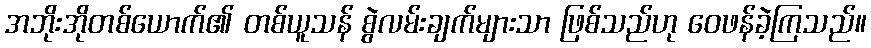
အဘိုးအိုတစ်ယောက်၏ တစ်ယူသန် စွဲလမ်းချက်များသာ ဖြစ်သည်ဟု ဝေဖန်ခဲ့ကြသည်။